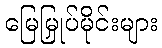
မြေမြှုပ်မိုင်းများ